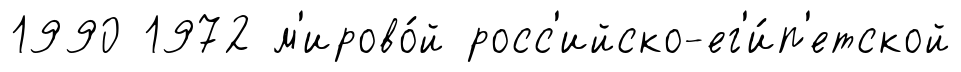
1990 1972 м'ирово́й росс'ийско-ег'и́п'етской